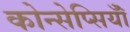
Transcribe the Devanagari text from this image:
कोन्सेप्सियॉँ